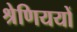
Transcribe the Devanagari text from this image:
श्रेणिययों